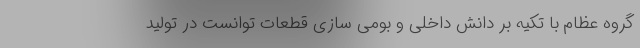
گروه عظام با تکیه بر دانش داخلی و بومی سازی قطعات توانست در تولید